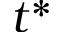
t ^ { * }